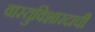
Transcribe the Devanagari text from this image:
वास्तुविशारदाची